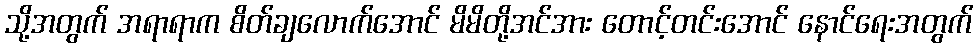
သို့အတွက် အရာရာက စိတ်ချလောက်အောင် မိမိတို့အင်အား တောင့်တင်းအောင် နောင်ရေးအတွက်